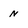
Character: n